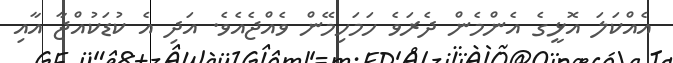
އެއްކަލަ އޮޅީގެ އެންމެން ދެރަވެ ހަމަހިމޭން ވެއްޖެއެވެ. އަދި އެ ކުޑަކުއްޖާ އާއި